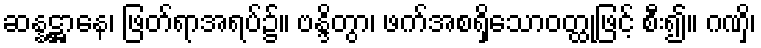
ဆန္နဋ္ဌာနေ၊ ဖြတ်ရာအရပ်၌။ ဗန္ဒိတွာ၊ ဖက်အစရှိသောဝတ္ထုဖြင့် စီး၍။ ဂဏှိ၊